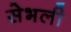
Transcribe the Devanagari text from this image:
सेभली